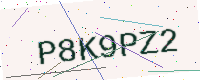
Text: P8K9PZ2